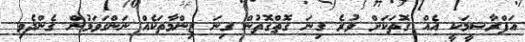
އަފްރާޝީމަކީ އެއް ގޮތަކަށް ވުރެ ގިނަ ގޮތްގޮތުން ގިނަ ޒިންމާތަކެއް ނަންގަވަމުން ގެންދެވި